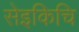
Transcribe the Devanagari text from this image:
सेइकिचि